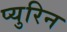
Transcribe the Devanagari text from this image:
प्युरिन